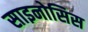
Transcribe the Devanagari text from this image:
साइनोसिस